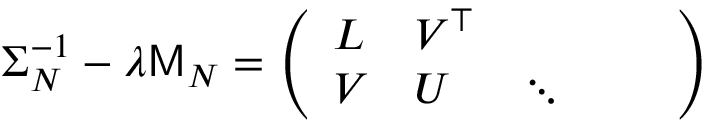
\Sigma _ { N } ^ { - 1 } - \lambda \mathsf { M } _ { N } = \left( \begin{array} { l l l l l } { L } & { V ^ { \top } } & { } & { } & { } \\ { V } & { U } & { \ddots } & { } & { } \end{array} \right)